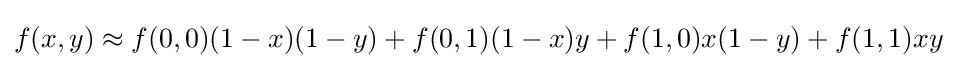
f(x,y)\approx f(0,0)(1-x)(1-y)+f(0,1)(1-x)y+f(1,0)x(1-y)+f(1,1)xy